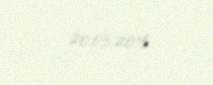
20.03.2015